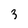
Character: 3